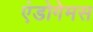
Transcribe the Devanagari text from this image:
एंडोगेमस